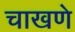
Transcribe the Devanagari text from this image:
चाखणे